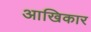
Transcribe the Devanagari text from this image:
आखिकार